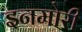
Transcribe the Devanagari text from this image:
इनमोरी